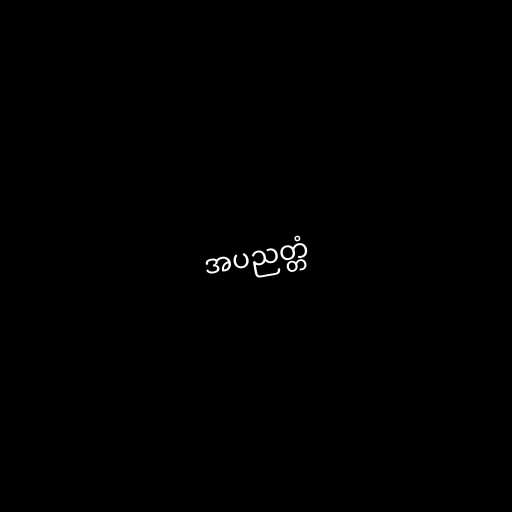
အပညတ္တံ